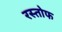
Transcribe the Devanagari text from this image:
रस्तोफ